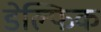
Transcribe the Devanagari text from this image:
डेल्फिक